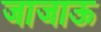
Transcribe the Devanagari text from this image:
जाजाऊ